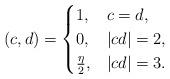
LaTeX: \begin{align*} (c,d) = \begin{cases} 1, & c = d, \\ 0, & |cd| = 2, \\ \frac{\eta}{2}, & |cd| = 3. \end{cases}\end{align*}